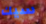
سيك